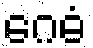
ဂေဓံ